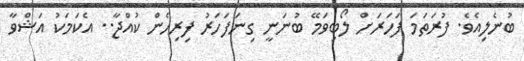
ބުނެލިއެވެ. ފުރަތަމަ ފަހަރަށް ލޯބިވަމޭ ބުނަނީ ގިނަފަހަރު ފިރިހެން ކުއްޖާ.. އެކަމަކު އަޝްވާ